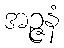
အဉ္ဇနံ